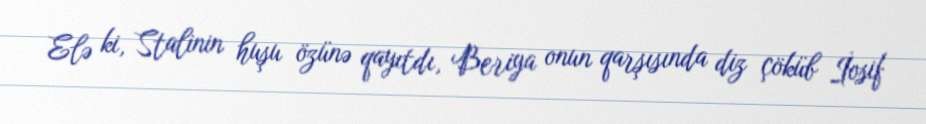
Elə ki, Stalinin huşu özünə qayıtdı, Beriya onun qarşısında diz çöküb İosif